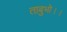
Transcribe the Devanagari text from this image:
ताबुभो।।